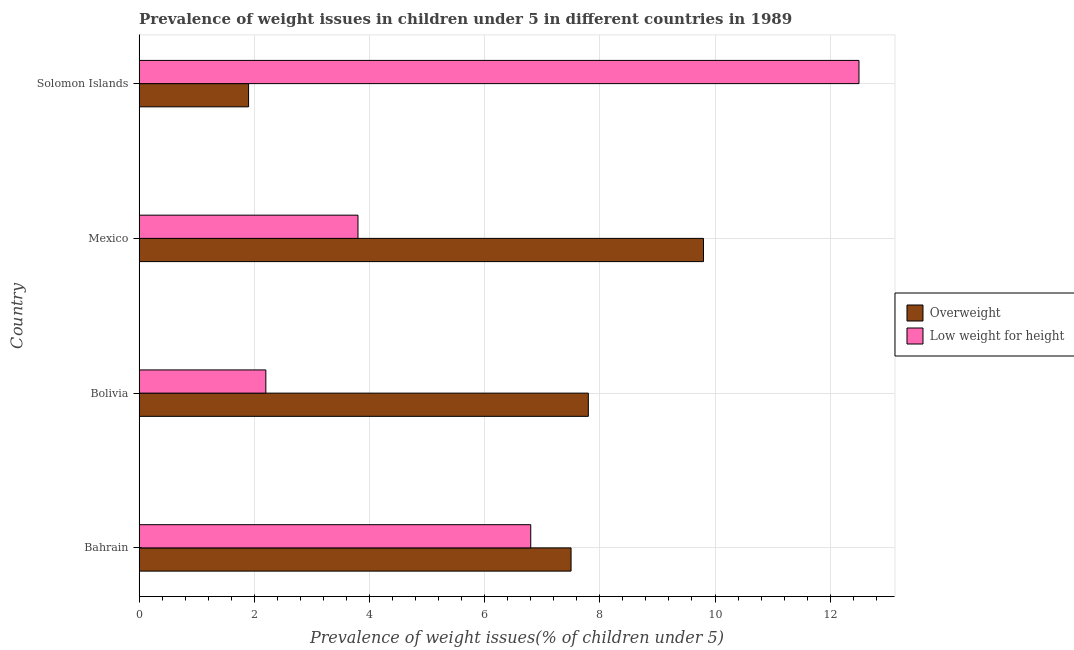
| Country | Overweight | Low weight for height |
 | --- | --- | --- |
 | Bahrain | 7.5 | 6.8 |
 | Bolivia | 7.8 | 2.2 |
 | Mexico | 9.8 | 3.8 |
 | Solomon Islands | 1.9 | 12.5 |